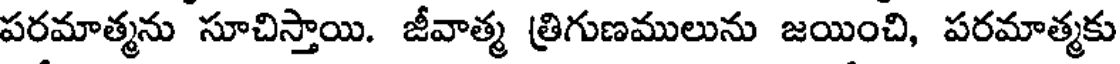
పరమాత్మను సూచిస్తాయి. జీవాత్మ త్రిగుణములును జయించి, పరమాత్మకు